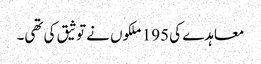
معاہدے کی 195 ملکوں نے توثیق کی تھی۔